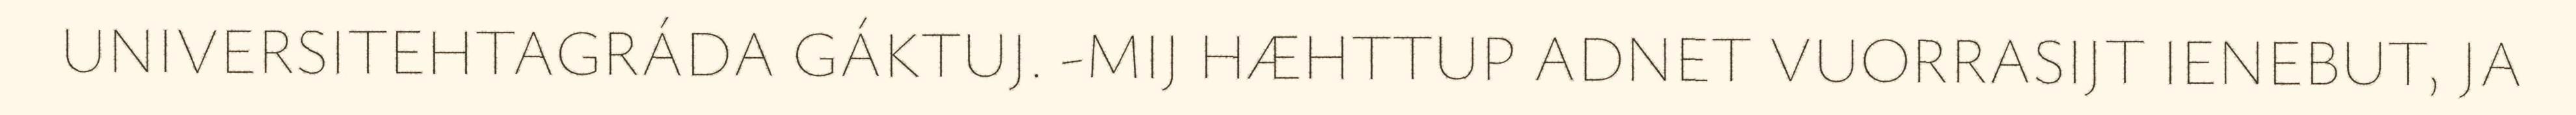
UNIVERSITEHTAGRÁDA GÁKTUJ. -MIJ HÆHTTUP ADNET VUORRASIJT IENEBUT, JA